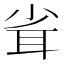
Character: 𦕉